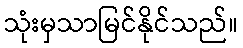
သုံးမှသာမြင်နိုင်သည်။